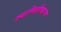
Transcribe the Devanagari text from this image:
ज्यामितीकरण